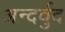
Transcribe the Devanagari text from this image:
अन्दर्वुद